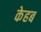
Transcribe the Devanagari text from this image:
केहब